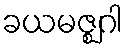
ခယမဇ္ဈဂါ